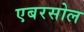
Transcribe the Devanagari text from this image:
एबरसोल